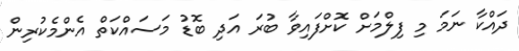
ދައްކާ ނަމަ މި ފިލްމަށް ކޮށްފައިވާ ބުރަ އަދި ބޮޑު މަސައްކަތް އެންމެކުރިން